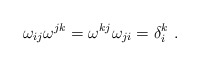
\begin{align*}\omega_{ij} \omega^{jk} = \omega^{kj}\omega_{ji} = \delta^k_i\ .\end{align*}